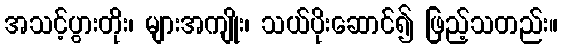
အသင့်ပွားတိုး၊ များအကျိုး၊ သယ်ပိုးဆောင်၍ ဖြည့်သတည်း။